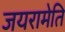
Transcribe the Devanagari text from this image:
जयरामेति